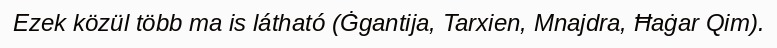
Ezek közül több ma is látható (Ġgantija, Tarxien, Mnajdra, Ħaġar Qim).